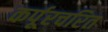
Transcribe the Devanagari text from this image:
कर्पूरचरित